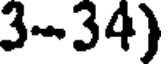
3-34)